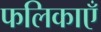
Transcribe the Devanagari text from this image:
फलिकाएँ